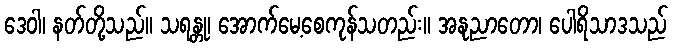
ဒေဝါ၊ နတ်တို့သည်။ သရန္တု၊ အောက်မေ့စေကုန်သတည်း။ အနုညာတော၊ ပေါရိသာဒသည်